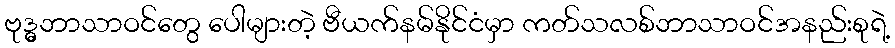
ဗုဒ္ဓ္ဓ္ဓဘာသာဝင်တွေ ပေါများတဲ့ ဗီယက်နမ်နိုင်ငံမှာ ကတ်သလစ်ဘာသာဝင်အနည်းစုရဲ့